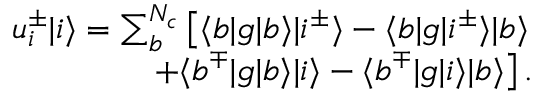
\begin{array} { r } { u _ { i } ^ { \pm } | i \rangle = \sum _ { b } ^ { N _ { c } } \left[ \langle b | g | b \rangle | i ^ { \pm } \rangle - \langle b | g | i ^ { \pm } \rangle | b \rangle \right. } \\ { \left. + \langle b ^ { \mp } | g | b \rangle | i \rangle - \langle b ^ { \mp } | g | i \rangle | b \rangle \right] . } \end{array}